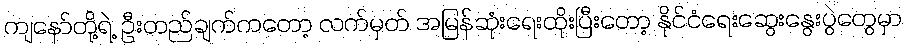
ကျနော်တို့ရဲ့ ဦးတည်ချက်ကတော့ လက်မှတ် အမြန်ဆုံးရေးထိုးပြီးတော့ နိုင်ငံရေးဆွေးနွေးပွဲတွေမှာ